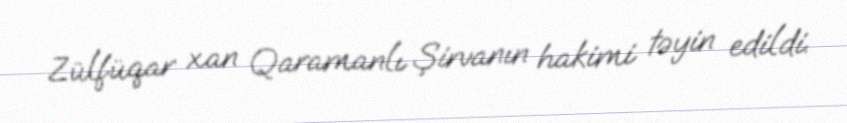
Zülfüqar xan Qaramanlı Şirvanın hakimi təyin edildi.